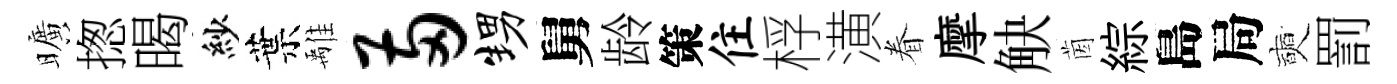
曠揔暍紗葉𩀌两甥舅龄策住桴潢眷摩觖茵綜島局奭罰